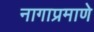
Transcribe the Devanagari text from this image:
नागाप्रमाणे